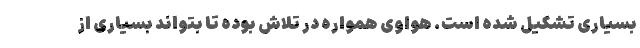
بسیاری تشکیل شده است. هواوی همواره در تلاش بوده تا بتواند بسیاری از